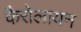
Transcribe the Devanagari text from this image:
कैरोलायन